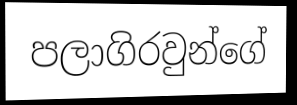
පලාගිරවුන්ගේ